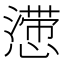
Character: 𰒒